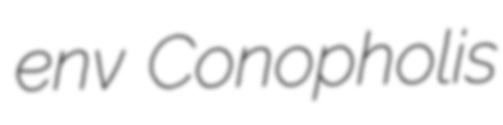
env Conopholis